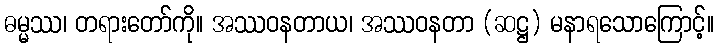
ဓမ္မဿ၊ တရားတော်ကို။ အဿဝနတာယ၊ အဿဝနတာ (ဆဋ္ဌ) မနာရသောကြောင့်။